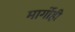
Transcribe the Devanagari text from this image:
मार्गोही